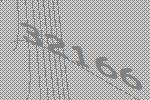
32166